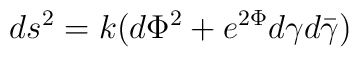
ds^2=k(d{\Phi}^2+e^{2{\Phi}}{d{\gamma}}{d{\bar{\gamma}}})